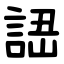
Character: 䛝